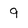
Character: 9